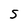
Character: S